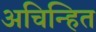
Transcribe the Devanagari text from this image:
अचिन्हित